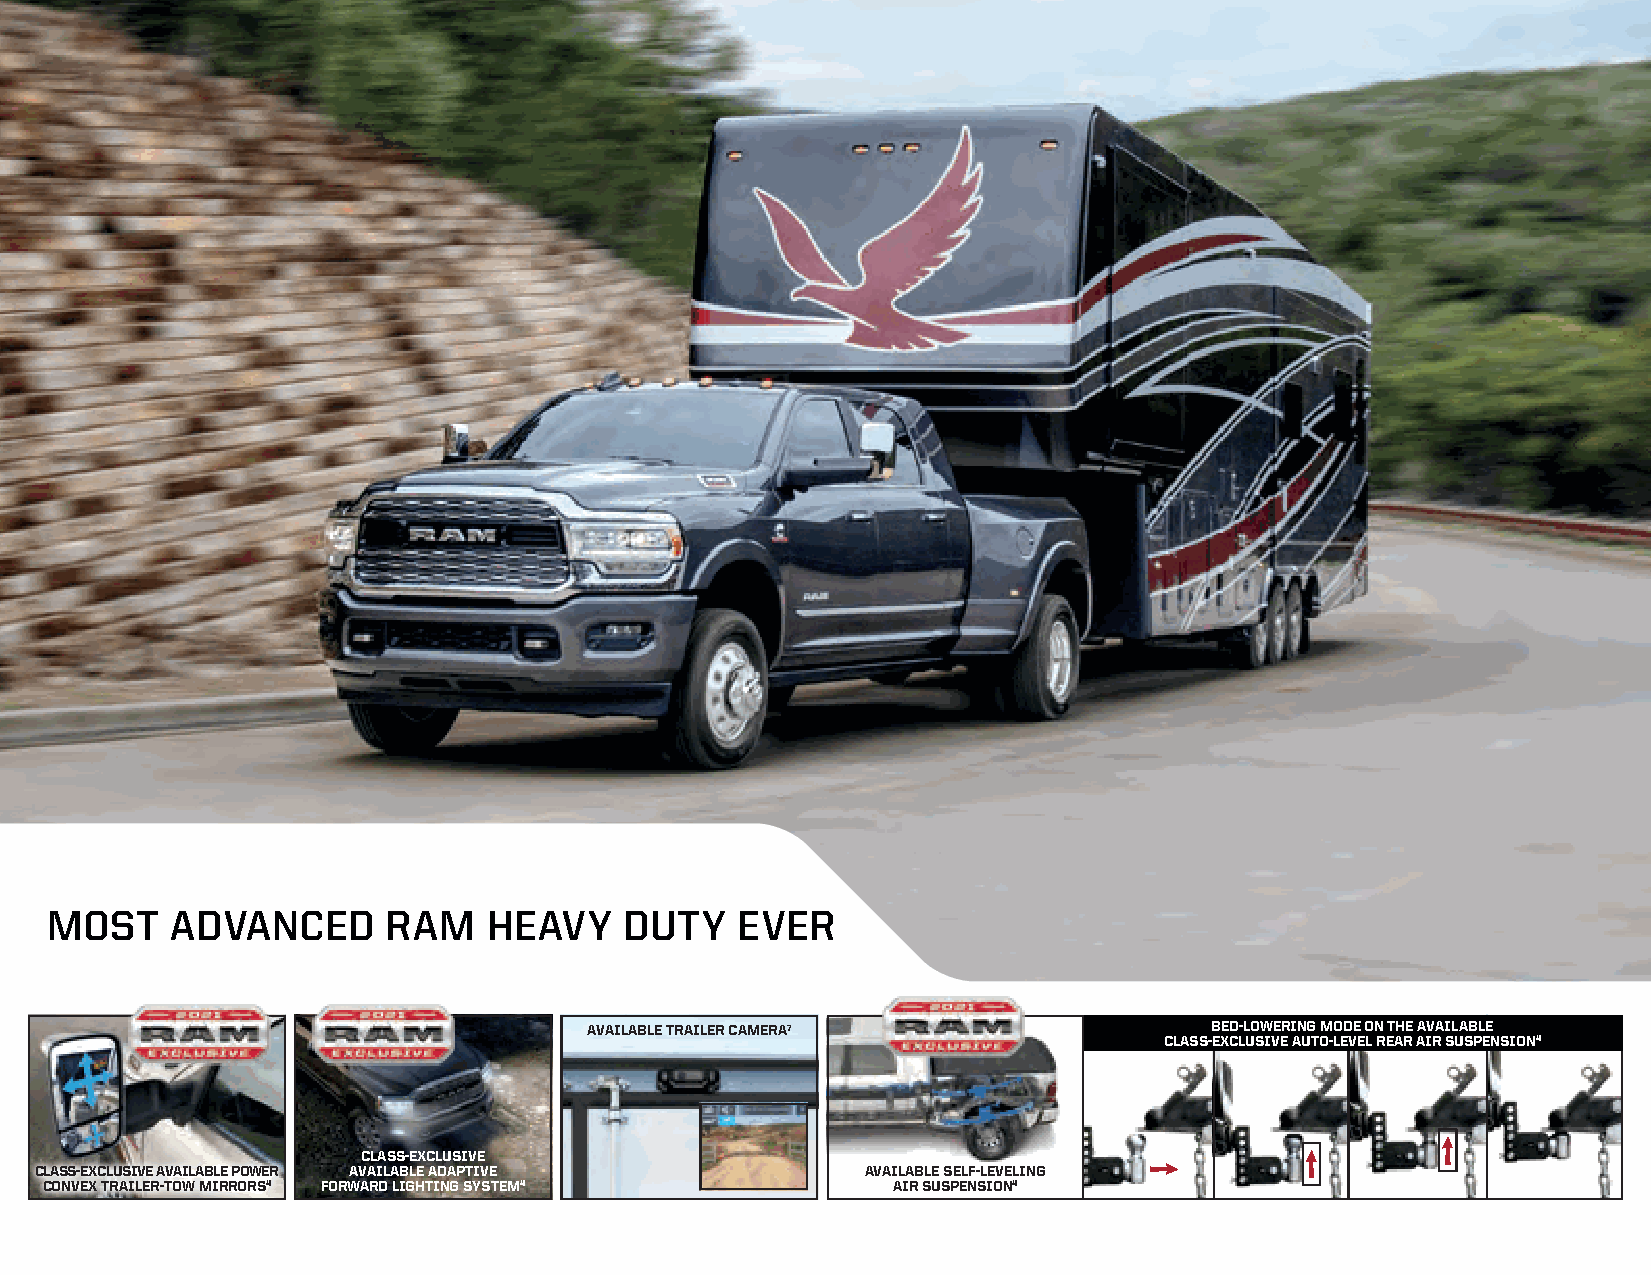
MOST    ADVANCED       RAM   HEAVY    DUTY    EVER
 AVAILABLE TRAILER CAMERA7                BED-LOWERING MODE ON THE AVAILABLE
 CLASS-EXCLUSIVE AUTO-LEVEL REAR AIR SUSPENSION4
 CLASS-EXCLUSIVE
 CLASS-EXCLUSIVE AVAILABLE POWER AVAILABLE ADAPTIVE     AVAILABLE SELF-LEVELING
 CONVEX TRAILER-TOW MIRRORS4 FORWARD LIGHTING SYSTEM4    AIR SUSPENSION4